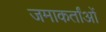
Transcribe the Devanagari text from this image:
जमाकर्तांओं